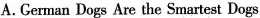
A.German Dogs Are the Smartest Dogs